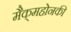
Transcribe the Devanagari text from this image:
मैक्‌महोनकी